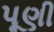
પૂણી